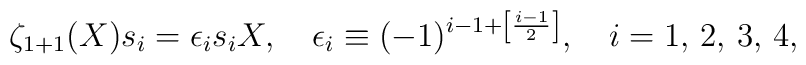
\zeta_{1+1}(X)s_i= \epsilon_i s_i X, \quad \epsilon_i\equiv(-1)^{i-1+\left[\frac{i-1}{2}\right]},\quad i=1,\,2,\,3,\,4,